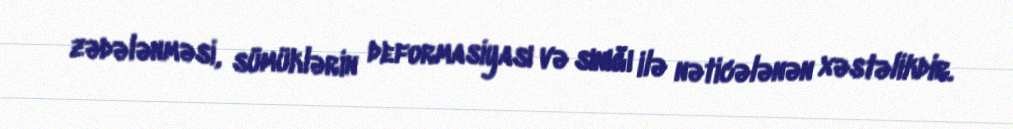
zədələnməsi, sümüklərin deformasiyası və sınığı ilə nəticələnən xəstəlikdir.